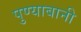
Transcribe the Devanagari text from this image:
पुण्याबानी